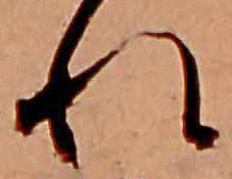
れ